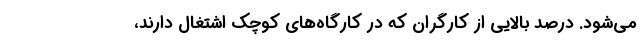
می‌شود. درصد بالایی از کارگران که در کارگاه‌های کوچک اشتغال دارند،